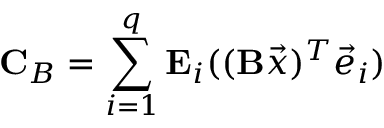
\mathbf { C } _ { B } = \sum _ { i = 1 } ^ { q } \mathbf { E } _ { i } ( ( \mathbf { B } \vec { x } ) ^ { T } \vec { e } _ { i } )